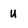
Character: u